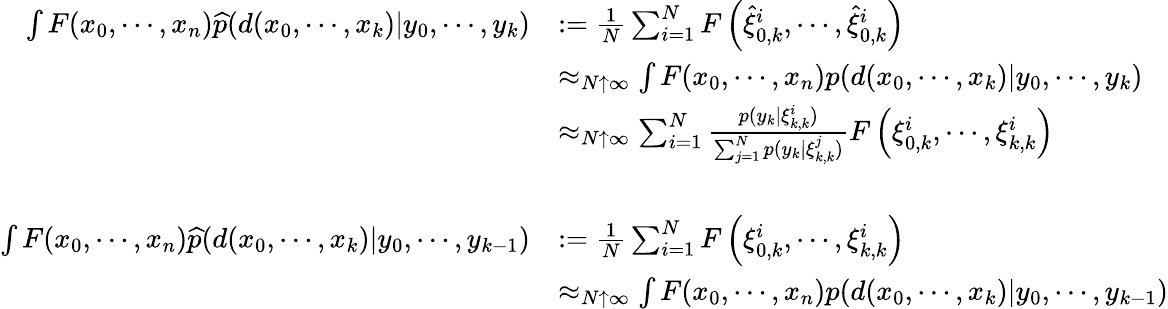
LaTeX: {\begin{array}{rl}{\int F(x_{0},\cdots,x_{n}){\widehat{p}}(d(x_{0},\cdots,x_{k})|y_{0},\cdots,y_{k})}&{:={\frac{1}{N}}\sum_{i=1}^{N}F\left({\widehat{\xi}}_{0,k}^{i},\cdots,{\widehat{\xi}}_{0,k}^{i}\right)}\\ &{\approx_{N\uparrow\infty}\int F(x_{0},\cdots,x_{n})p(d(x_{0},\cdots,x_{k})|y_{0},\cdots,y_{k})}\\ &{\approx_{N\uparrow\infty}\sum_{i=1}^{N}{\frac{p(y_{k}|\xi_{k,k}^{i})}{\sum_{j=1}^{N}p(y_{k}|\xi_{k,k}^{j})}}F\left(\xi_{0,k}^{i},\cdots,\xi_{k,k}^{i}\right)}\\ &{\ }\\ {\int F(x_{0},\cdots,x_{n}){\widehat{p}}(d(x_{0},\cdots,x_{k})|y_{0},\cdots,y_{k-1})}&{:={\frac{1}{N}}\sum_{i=1}^{N}F\left(\xi_{0,k}^{i},\cdots,\xi_{k,k}^{i}\right)}\\ &{\approx_{N\uparrow\infty}\int F(x_{0},\cdots,x_{n})p(d(x_{0},\cdots,x_{k})|y_{0},\cdots,y_{k-1})}\end{array}}